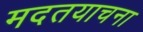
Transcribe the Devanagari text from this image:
मदतयाचना